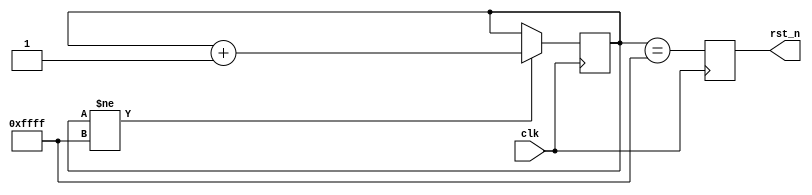
/*
0xffff1
*/
module reset(
	input clk,
	output rst_n
);
reg[15:0] cnt = 16'd0;
reg rst_n_reg;
assign rst_n = rst_n_reg;
always@(posedge clk)
	if(cnt != 16'hffff)
		cnt <= cnt + 16'd1;
	else
		cnt <= cnt;
always@(posedge clk)
	rst_n_reg <= (cnt == 16'hffff);
endmodule